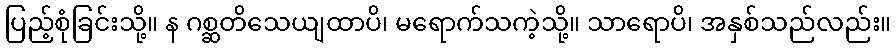
ပြည့်စုံခြင်းသို့။ န ဂစ္ဆတိသေယျထာပိ၊ မရောက်သကဲ့သို့။ သာရောပိ၊ အနှစ်သည်လည်း။